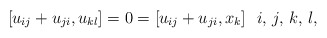
\begin{align*}[u_{ij}+u_{ji},u_{kl}]=0=[u_{ij}+u_{ji},x_k] \ \ i,\,j,\,k,\, l,\end{align*}